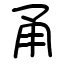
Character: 甬